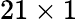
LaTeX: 21\times 1